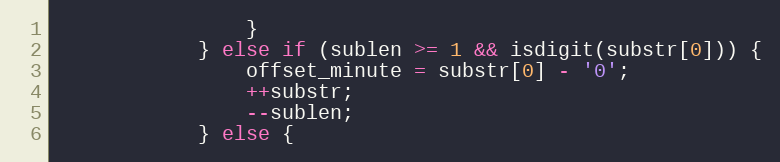
Language: C
                }
            } else if (sublen >= 1 && isdigit(substr[0])) {
                offset_minute = substr[0] - '0';
                ++substr;
                --sublen;
            } else {